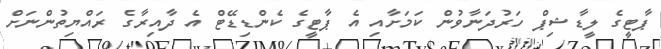
ޕާޓީގެ ލީޑާޝިޕް ހަރުދަނާވުން ކަމަށާއި އެ ޕާޓީގެ ކެންޑިޑޭޓް އެ ދާއިރާގެ ރައްޔިތުންނަށް